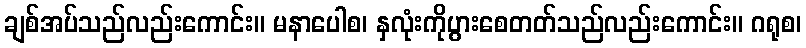
ချစ်အပ်သည်လည်းကောင်း။ မနာပေါစ၊ နှလုံးကိုပွားစေတတ်သည်လည်းကောင်း။ ဂရုစ၊